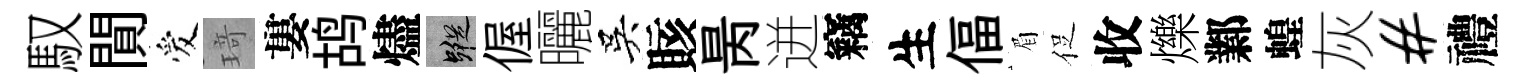
馭閴爱𤦺婁鸪燼蹤偓曬吳賅昺迸竊生偪眉促收爍鄴蝗灰#禮